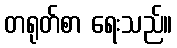
တရုတ်စာ ရေးသည်။